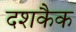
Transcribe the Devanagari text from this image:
दशकैक